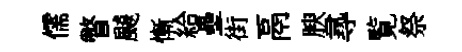
儒瞥飇慚給壘街鬲腴𡬶覧祭